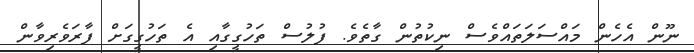
ނޫން އެހެން މައްސަލަތައްވެސް ނިކުތުން ގާތެވެ. ފުލުސް ތަހުގީގާއި އެ ތަހުގީގަށް ފާރަވެރިވާން